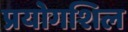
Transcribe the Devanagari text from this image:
प्रयोगशिल